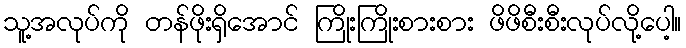
သူ့အလုပ်ကို တန်ဖိုးရှိအောင် ကြိုးကြိုးစားစား ဖိဖိစီးစီးလုပ်လို့ပေါ့။